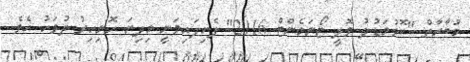
މުބާރާތް "ކޮޅުމަޑުލު ވޮލީ ޓޯނަމެންޓް 2016" ފެށިފައިވަނީ މިދިޔަ ހޮނިހިރު ދުވަހު އެވެ.